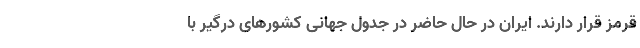
قرمز قرار دارند. ایران در حال حاضر در جدول جهانی کشورهای درگیر با